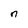
Character: n